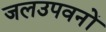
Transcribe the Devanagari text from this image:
जलउपवनों